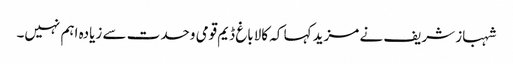
شہباز شریف نے مزید کہا کہ کالاباغ ڈیم قومی وحدت سے زیادہ اہم نہیں۔